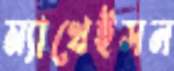
ম্যাথেইসন